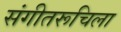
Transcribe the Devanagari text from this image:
संगीतरूचिला